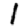
Digit: 1